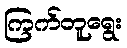
ကြက်တူရွေး